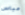
عباس